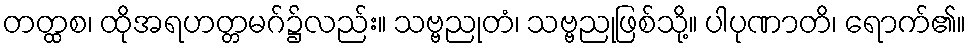
တတ္ထစ၊ ထိုအရဟတ္တမဂ်၌လည်း။ သဗ္ဗညုတံ၊ သဗ္ဗညုဖြစ်သို့။ ပါပုဏာတိ၊ ရောက်၏။